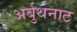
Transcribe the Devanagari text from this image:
अर्बुथनाट